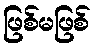
ဖြစ်မဖြစ်